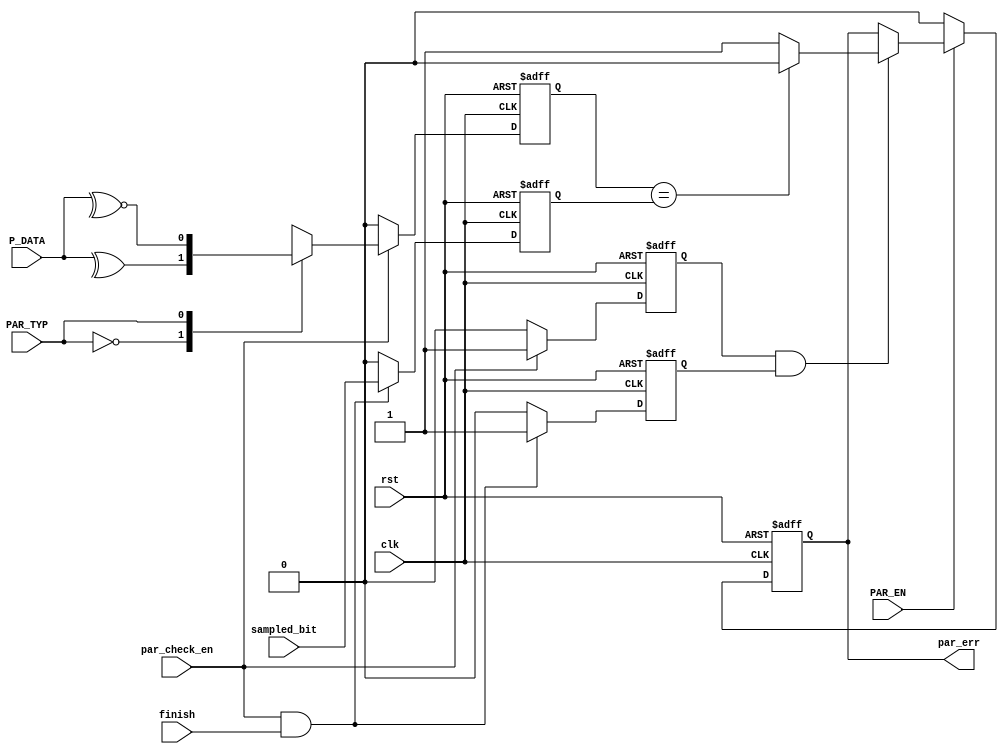
`timescale 1ns / 1ps

module parity_check(
    input [7:0] P_DATA,
    input par_check_en,
    input sampled_bit,
    input PAR_TYP,
    input PAR_EN,
    input finish,
    input clk,
    input rst,
    output reg par_err
    );
    
    reg par_calc;
    reg par_sampled;
    reg done1 , done2 ;
//////////////////////////////////////////////////////////////////////////    
////////////////////////////Calculate New Parity//////////////////////////    
//////////////////////////////////////////////////////////////////////////  
     
    always @(posedge clk or negedge rst) begin 
        if (!rst) begin 
          par_calc <= 0; 
          done1 <= 0; 
        end
        else if (par_check_en) begin
          case(PAR_TYP)
          1'b0 : begin                 
                  par_calc <= ^P_DATA  ;     // Even Parity
                  done1 <= 1;
                 end
          1'b1 : begin
                  par_calc <= ~^P_DATA ;     // Odd Parity
                  done1 <= 1;                  
                 end		
          endcase 
        end  
        else begin 
          par_calc <= 0; 
          done1 <= 0;
        end 
    end
    
//////////////////////////////////////////////////////////////////////////    
////////////////////////////Capture The sent Parity///////////////////////    
//////////////////////////////////////////////////////////////////////////  
      
    always @(posedge clk or negedge rst) begin 
        if (!rst) begin 
          par_sampled <= 0;
          done2 <= 0;
        end  
        else if (par_check_en && finish) begin
          par_sampled <= sampled_bit;
          done2 <= 1;
        end 
        else begin
          par_sampled <= 0;        
          done2 <= 0;
        end 
    end
    
//////////////////////////////////////////////////////////////////////////    
////////////////////////////Compare Parites///////////////////////////////    
//////////////////////////////////////////////////////////////////////////   
  
    always @(posedge clk or negedge rst) begin 
        if (!rst) begin 
            par_err <= 0;
        end   
        else if(!PAR_EN) begin
            par_err <= 0 ;
        end  
        else if (done1 == 1 && done2 == 1) begin
            par_err <= (par_calc == par_sampled)? 0:1;
        end
    end 
      
endmodule